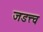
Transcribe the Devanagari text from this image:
जडत्त्व